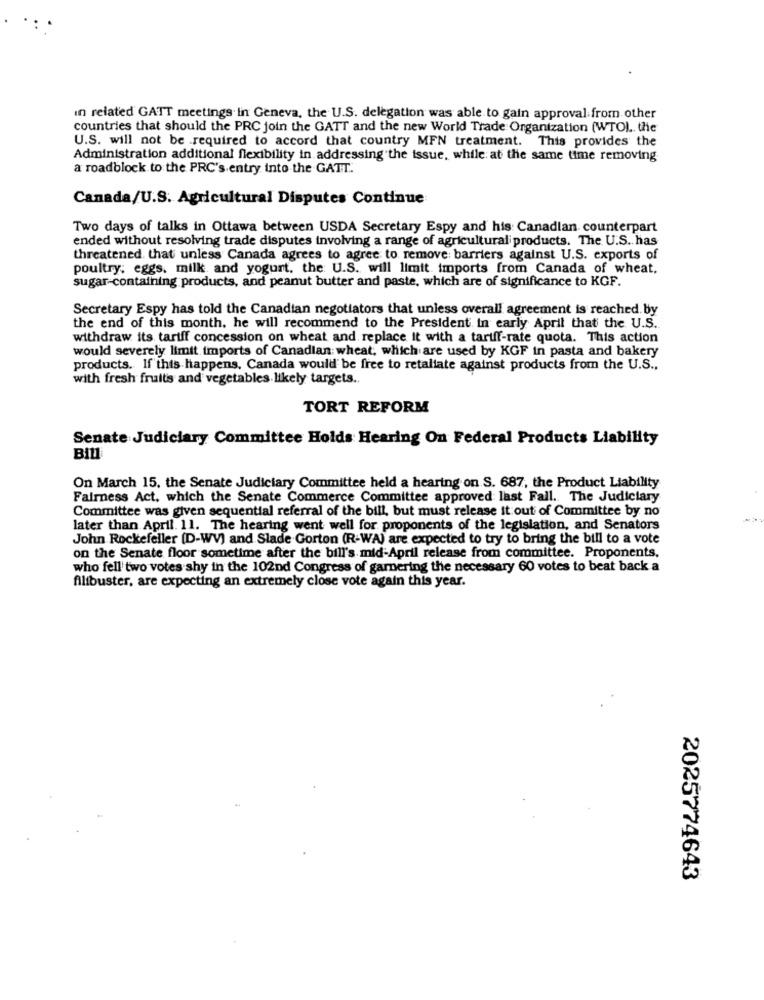
in related GATT meetings in Geneva, the U.S. delegation was able to gain approval from other
countries that should the PRC join the GATT and the new World Trade Organization (WTO). the
U.S. will not be required to accord that country MFN treatment. This provides the
Administration additional flexibility in addressing the issue, while at the same time removing
a roadblock to the PRC's entry into the GATT.
Canada/U.S. Agricultural Disputes Continue
Two days of talks in Ottawa between USDA Secretary Espy and his Canadian counterpart
ended without resolving trade disputes involving a range of agricultural products. The U.S. has
threatened that unless Canada agrees to agree to remove barriers against U.S. exports of
poultry; eggs. milk and yogurt. the U.S. will limit imports from Canada of wheat,
sugar-containing products, and peanut butter and paste, which are of significance to KGF.
Secretary Espy has told the Canadian negotiators that unless overall agreement is reached by
the end of this month. he will recommend to the President in early April that the U.S.
withdraw its tariff concession on wheat and replace it with a tariff-rate quota. This action
would severely limit imports of Canadian: wheat, which are used by KGF in pasta and bakery
products. If this happens, Canada would be free to retaliate against products from the U.S .,
with fresh fruits and vegetables likely targets ..
TORT REFORM
Senate Judiciary Committee Holds Hearing On Federal Products Liability
Bill
On March 15, the Senate Judiciary Committee held a hearing on S. 687, the Product Liability
Fairness Act. which the Senate Commerce Committee approved last Fall. The Judiciary
Committee was given sequential referral of the bill, but must release it out of Committee by no
later than April. 11. The hearing went well for proponents of the legislation, and Senators
John Rockefeller [D-WV) and Slade Gorton (R-WA) are expected to try to bring the bill to a vote
on the Senate floor sometime after the bill's mid-April release from committee. Proponents,
who fell two votes shy in the 102nd Congress of garnering the necessary 60 votes to beat back a
filibuster, are expecting an extremely close vote again this year.
2025774643